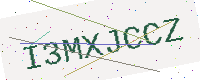
Text: I3MXJCCZ